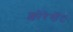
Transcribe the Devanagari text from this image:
फ्लोरेसेंट